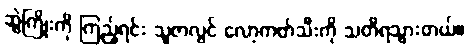
ဆွဲကြိုးကို ကြည့်ရင်း သူဇာလွင် လော့ကတ်သီးကို သတိရသွားတယ်။